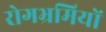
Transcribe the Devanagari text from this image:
रोगभ्रमियों